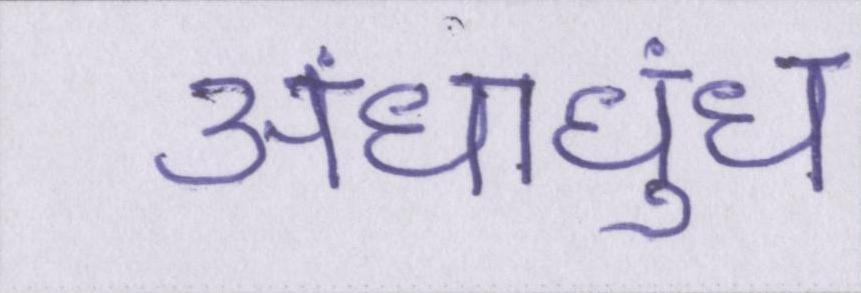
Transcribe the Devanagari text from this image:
अंधाधुंध